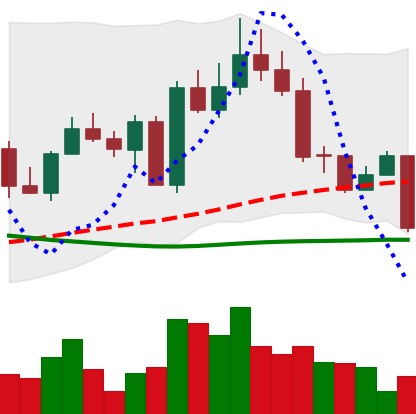
Ticker: EOS-USD
Chart end date: 2022-09-18
Forward return: -3.664%
Label: down_3_5